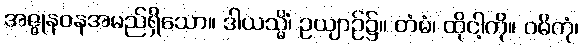
အဇ္ဇုနဝနအမည်ရှိသော။ ဒါယသ္မိံ၊ ဥယျာဉ်၌။ တံမံ၊ ထိုငါ့ကို။ ဝဓိတုံ၊